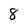
Character: 8